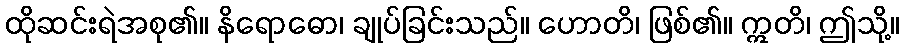
ထိုဆင်းရဲအစု၏။ နိရောဓော၊ ချုပ်ခြင်းသည်။ ဟောတိ၊ ဖြစ်၏။ ဣတိ၊ ဤသို့။